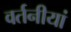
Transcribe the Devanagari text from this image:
वर्तनीयां